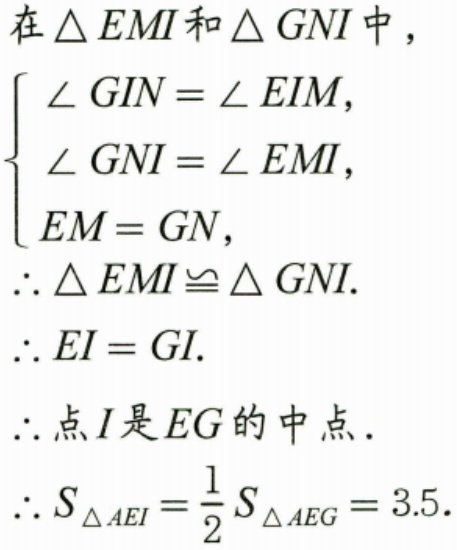
在\(\triangle EMI\)和\(\triangle GNI\)中，
\(\begin{cases}
\angle GIN = \angle EIM,\\
\angle GNI = \angle EMI,\\
EM = GN,
\end{cases}\)
\(\therefore \triangle EMI\cong \triangle GNI\).
\(\therefore EI = GI\).
\(\therefore\)点\(I\)是\(EG\)的中点.
\(\therefore S_{\triangle AEI}=\frac{1}{2}S_{\triangle AEG}=3.5\).